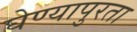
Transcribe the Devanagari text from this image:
घेण्यापुरता